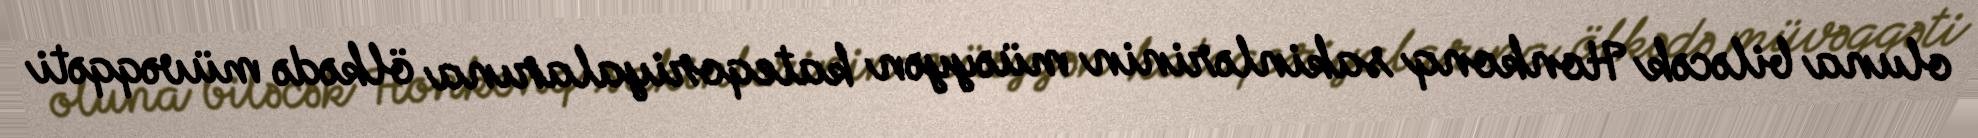
oluna biləcək Honkonq sakinlərinin müəyyən kateqoriyalarına ölkədə müvəqqəti